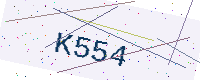
Text: K554